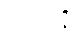
ဘဝါနိ